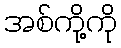
အစ်ကို့ကို